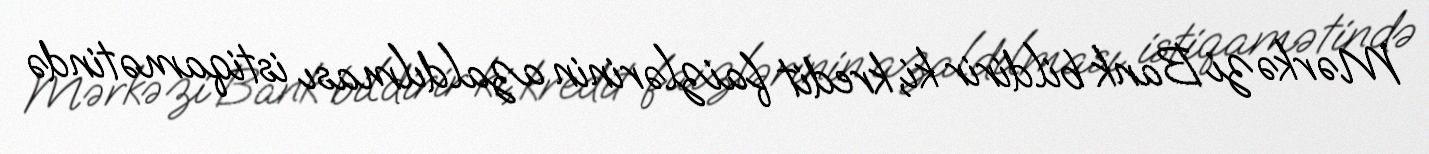
Mərkəzi Bank bildirir ki, kredit faizlərinin azaldılması istiqamətində